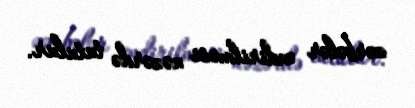
zərbələr endirilməsi nəzərdə tutulur.